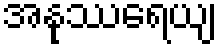
အနုဿရေယျ